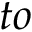
t o